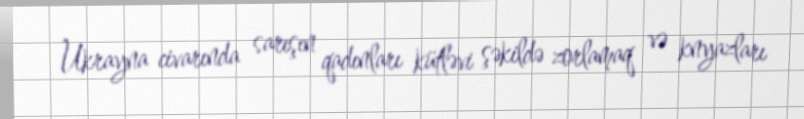
Ukrayna civarında sarışın qadınları kütləvi şəkildə zorlamaq və knyazları